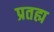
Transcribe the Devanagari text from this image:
प्रतह्म